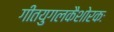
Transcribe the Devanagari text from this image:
गीतयुगलकैशोरकः